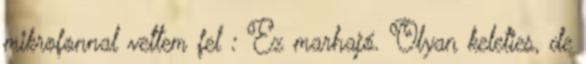
mikrofonnal vettem fel : Ez marhajó. Olyan keleties, de